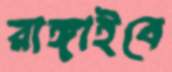
রাঙ্গাইবে